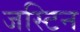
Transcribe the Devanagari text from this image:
जस्‍टिन